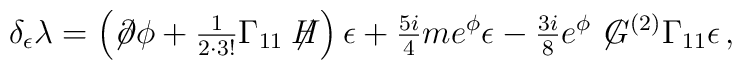
\delta_{\epsilon}\lambda =   \left(\not\!\partial\phi+{\textstyle\frac{1}{2\cdot 3!}}\Gamma_{11}\not\!\! H\right)\epsilon +{\textstyle\frac{5i}{4}} m e^{\phi} \epsilon-{\textstyle\frac{3i}{8}} e^{\phi} \not\! G^{(2)} \Gamma_{11}\epsilon\, ,